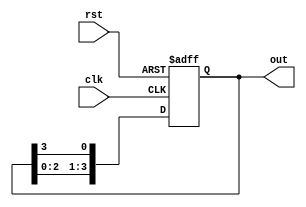
module ring_counter #(parameter N = 4) (
    input clk,           // Clock signal
    input rst,           // Reset signal
    output reg [N-1:0] out // Output state of the ring counter
);

// Internal signal to hold the next state
wire next_state;

always @(posedge clk or posedge rst) begin
    if (rst) begin
        // Initialize to the specific state (first flip-flop set to 1)
        out <= 1'b1 << (N-1); // Set initial state to 100...0 (1 at the MSB)
    end else begin
        // Shift the 1 to the right (or left) on each clock pulse
        out <= {out[N-2:0], out[N-1]}; // Rotate the bits to the right
    end
end

endmodule